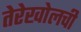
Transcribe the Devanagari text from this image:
तेरेखोलची